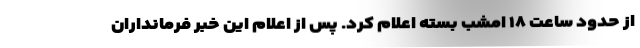
از حدود ساعت ۱۸ امشب بسته اعلام کرد. پس از اعلام این خبر فرمانداران